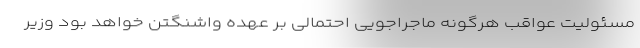
مسئولیت عواقب هرگونه ماجراجویی احتمالی بر عهده واشنگتن خواهد بود وزیر